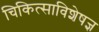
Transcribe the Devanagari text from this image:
चिकित्साविशेषज्ञ